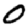
Digit: 0